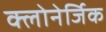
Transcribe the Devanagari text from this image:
क्लोनेर्जिक